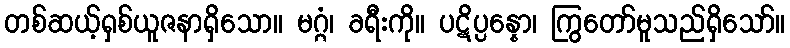
တစ်ဆယ့်ရှစ်ယူဇနာရှိသော။ မဂ္ဂံ၊ ခရီးကို။ ပဋိပ္ပန္နော၊ ကြွတော်မူသည်ရှိသော်။